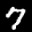
Label: 7